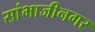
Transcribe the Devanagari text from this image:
सांभाजीनगर